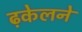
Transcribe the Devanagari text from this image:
ढ़केलने